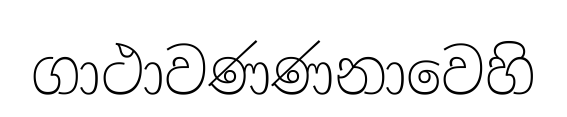
ගාථාවණණනාවෙහි